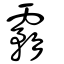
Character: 霿